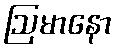
ဩမာနော